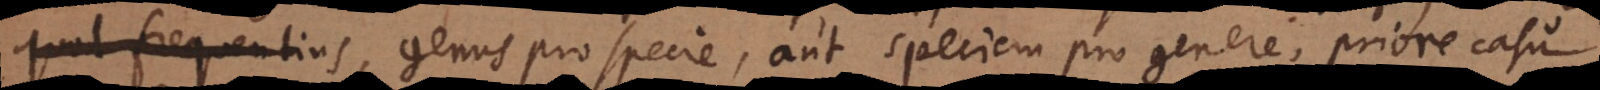
quod frequentius genus pro specie, aut speciem pro genere. Priore casu